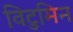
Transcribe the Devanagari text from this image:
विटुमिन